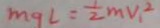
m g l = \frac { 1 } { 2 } m V _ { 1 } ^ { 2 }